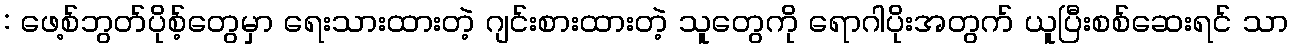
: ဖေ့စ်ဘွတ်ပိုစ့်တွေမှာ ရေးသားထားတဲ့ ဂျင်းစားထားတဲ့ သူတွေကို ရောဂါပိုးအတွက် ယူပြီးစစ်ဆေးရင် သာ